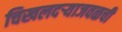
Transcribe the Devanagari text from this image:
चिखलदऱ्याजवळची